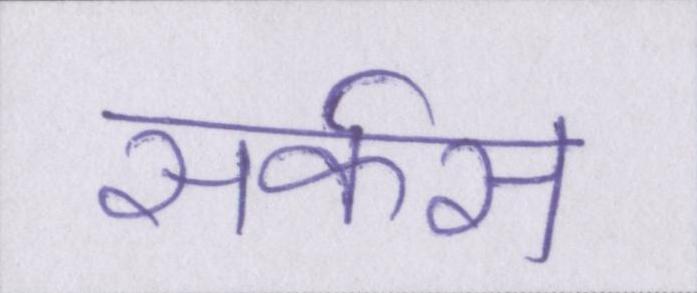
सर्कस